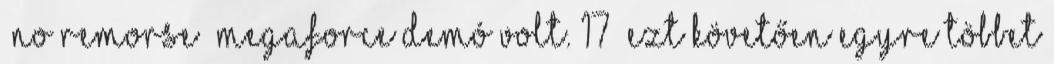
„No Remorse” Megaforce demó volt. 17 Ezt követően egyre többet